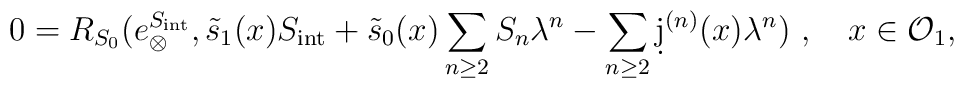
0= R_{S_0}(e_{\otimes}^{S_{\mathrm{int}}},\tilde s_1(x)S_{\mathrm{int}} + \tilde s_0(x)\sum_{n\ge 2}S_n\lambda^n  -\sum_{n\ge 2}\d j^{(n)}(x)\lambda^n)\ ,\quad x\in\mathcal{O}_1,